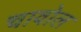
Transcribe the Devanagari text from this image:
चावोल